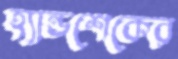
হ্যান্ডশেকের